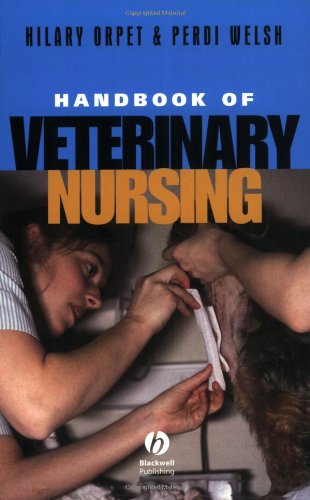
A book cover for Handbook of Veterinary Nursing; Hilary Orpet; Medical Books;